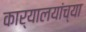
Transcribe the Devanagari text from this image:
कार्यालयांच्या